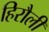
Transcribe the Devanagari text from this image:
हिरौली